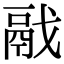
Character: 𩰭